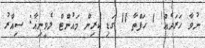
ނުވާ ހަރަދެއް! 1 ހަފްތާ 11 ގަޑި ކުރިން މައުންޓް ލެވީނިއާ: ސިއްރު